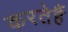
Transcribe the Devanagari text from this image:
करतेहैं